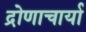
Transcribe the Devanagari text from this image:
द्रोणाचार्या